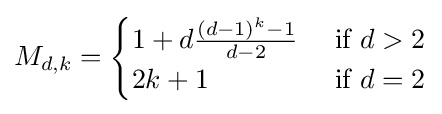
M_{d,k}={\begin{cases}1+d{\frac {(d-1)^{k}-1}{d-2}}&{\text{ if }}d>2\\2k+1&{\text{ if }}d=2\end{cases}}